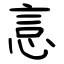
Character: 悥